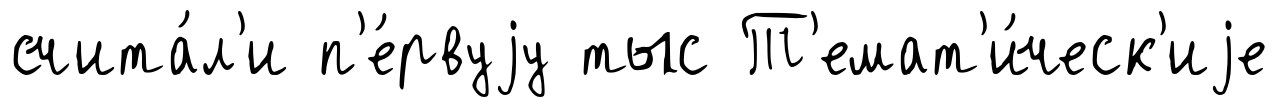
счита́л'и п'е́рвуjу тыс Т'емат'и́ческ'иjе